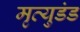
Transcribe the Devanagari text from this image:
मृत्युडंड